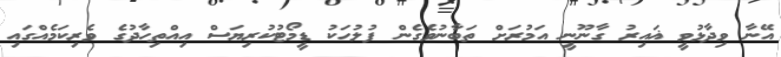
އޭނާ ވިދާޅުވީ ޣައިރު ގާނޫނީ އަމުރަށް ތަބާނުވެގެން ފުލުހަކު ޑީމޯޓުކުރިޔަސް އިއްތިހާދުގެ ވެރިކަމެއްގައި